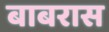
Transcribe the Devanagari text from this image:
बाबरास